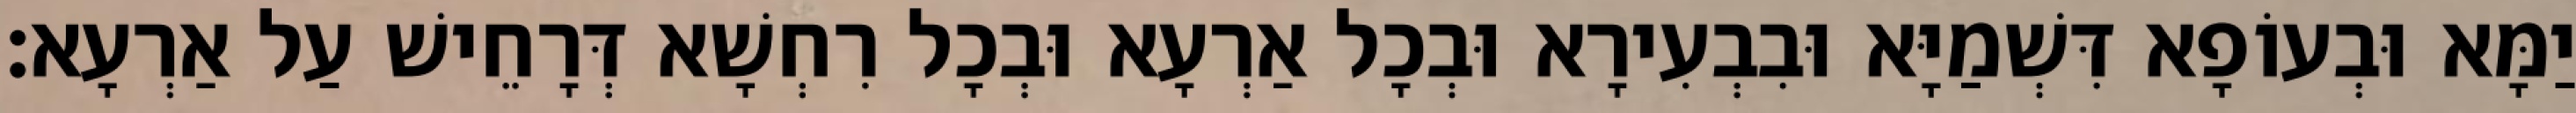
יַמָּא וּבְעוֹפָא דִּשְׁמַיָּא וּבִבְעִירָא וּבְכָל אַרְעָא וּבְכָל רִחְשָׁא דְּרָחֵישׁ עַל אַרְעָא׃